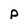
Character: p